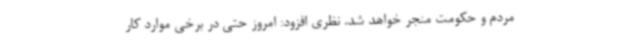
مردم و حکومت منجر خواهد شد. نظری افزود: امروز حتی در برخی موارد کار